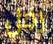
رجل